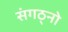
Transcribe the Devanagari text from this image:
संगठ्नो